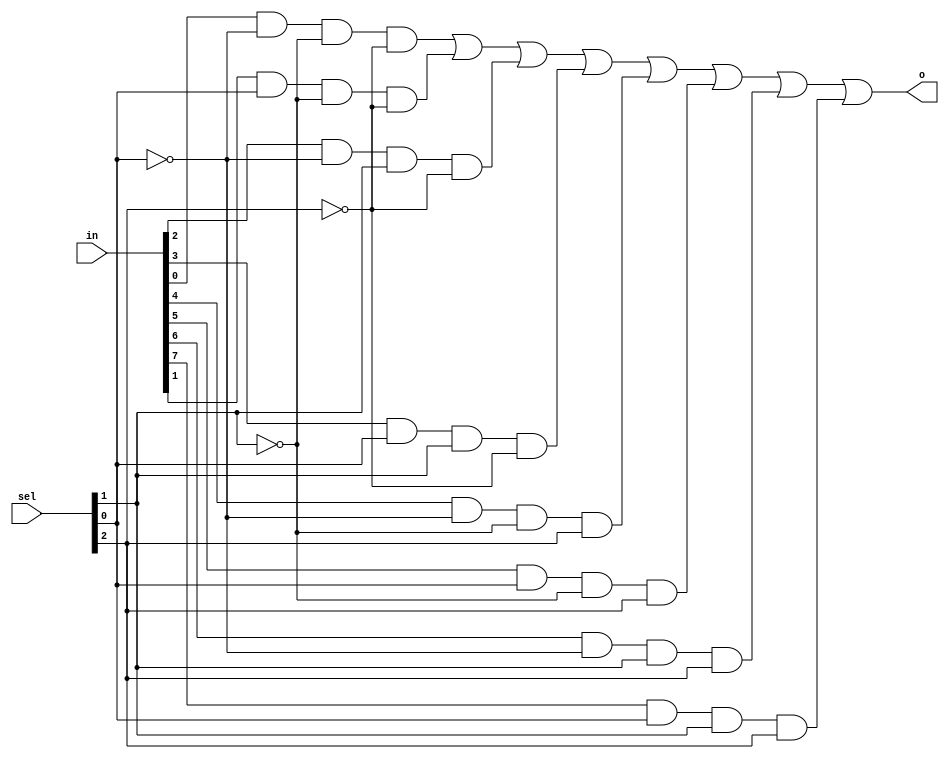
`timescale 1ns / 1ps
//////////////////////////////////////////////////////////////////////////////////
// Company: 
// Engineer: 
// 
// Design Name: 
// Module Name: m8_1
// Project Name: 
// Target Devices: 
// Tool Versions: 
// Description: 
// 
// Dependencies: 
// 
// Revision:
// Revision 0.01 - File Created
// Additional Comments:
// 
//////////////////////////////////////////////////////////////////////////////////


module m8_1(
    input [7:0] in,
    input [2:0] sel,
    output o
    );
    assign o = (in[0] & ~sel[0] & ~sel[1] & ~sel[2]) | (in[1] & sel[0] & ~sel[1] & ~sel[2]) | (in[2] & ~sel[0] & sel[1] & ~sel[2]) | (in[3] & sel[0] & sel[1] & ~sel[2]) | (in[4] & ~sel[0] & ~sel[1] & sel[2]) | (in[5] & sel[0] & ~sel[1] & sel[2]) | (in[6] & ~sel[0] & sel[1] & sel[2]) | (in[7] & sel[0] & sel[1] & sel[2]);
endmodule